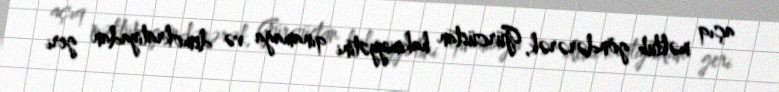
açıq məktub göndərərək, Gürcüstan hakimiyyətini qınamağa və demokratiyadan geri